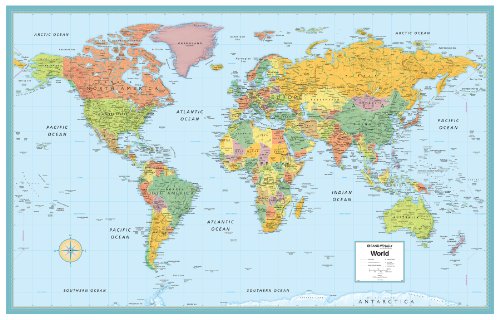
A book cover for Rand McNally World Folded Wall Map (M Series Map of the World); Rand McNally; Reference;